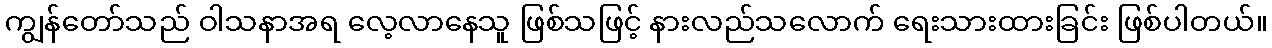
ကျွန်တော်သည် ဝါသနာအရ လေ့လာနေသူ ဖြစ်သဖြင့် နားလည်သလောက် ရေးသားထားခြင်း ဖြစ်ပါတယ်။